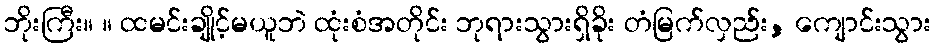
ဘိုးကြီး။ ။ ထမင်းချိုင့်မယူဘဲ ထုံးစံအတိုင်း ဘုရားသွားရှိခိုး တံမြက်လှည်း, ကျောင်းသွား